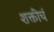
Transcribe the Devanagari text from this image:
शक्तीचं